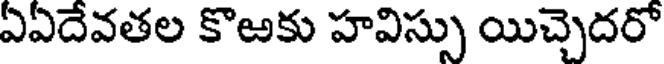
ఏఏదేవతల కొఱకు హవిస్సు యిచ్చెదరో